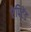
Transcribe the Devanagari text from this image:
रेपिटेंड